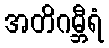
အတိဂမ္ဘီရံ